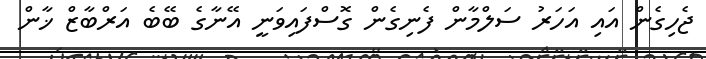
ޖެހިގެން އައި އަހަރު ސަލްމާން ފެނިގެން ގޮސްފައިވަނީ އޭނާގެ ބޭބެ އަރްބާޒް ޚާން